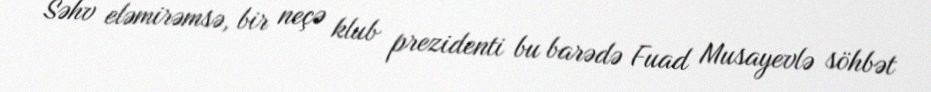
Səhv eləmirəmsə, bir neçə klub prezidenti bu barədə Fuad Musayevlə söhbət